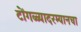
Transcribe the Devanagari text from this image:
टोंगळ्यादरम्यानचा